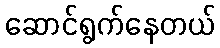
ဆောင်ရွက်နေတယ်